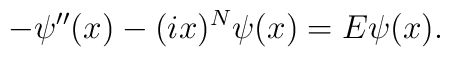
-\psi''(x)-(ix)^N\psi(x)=E\psi(x).